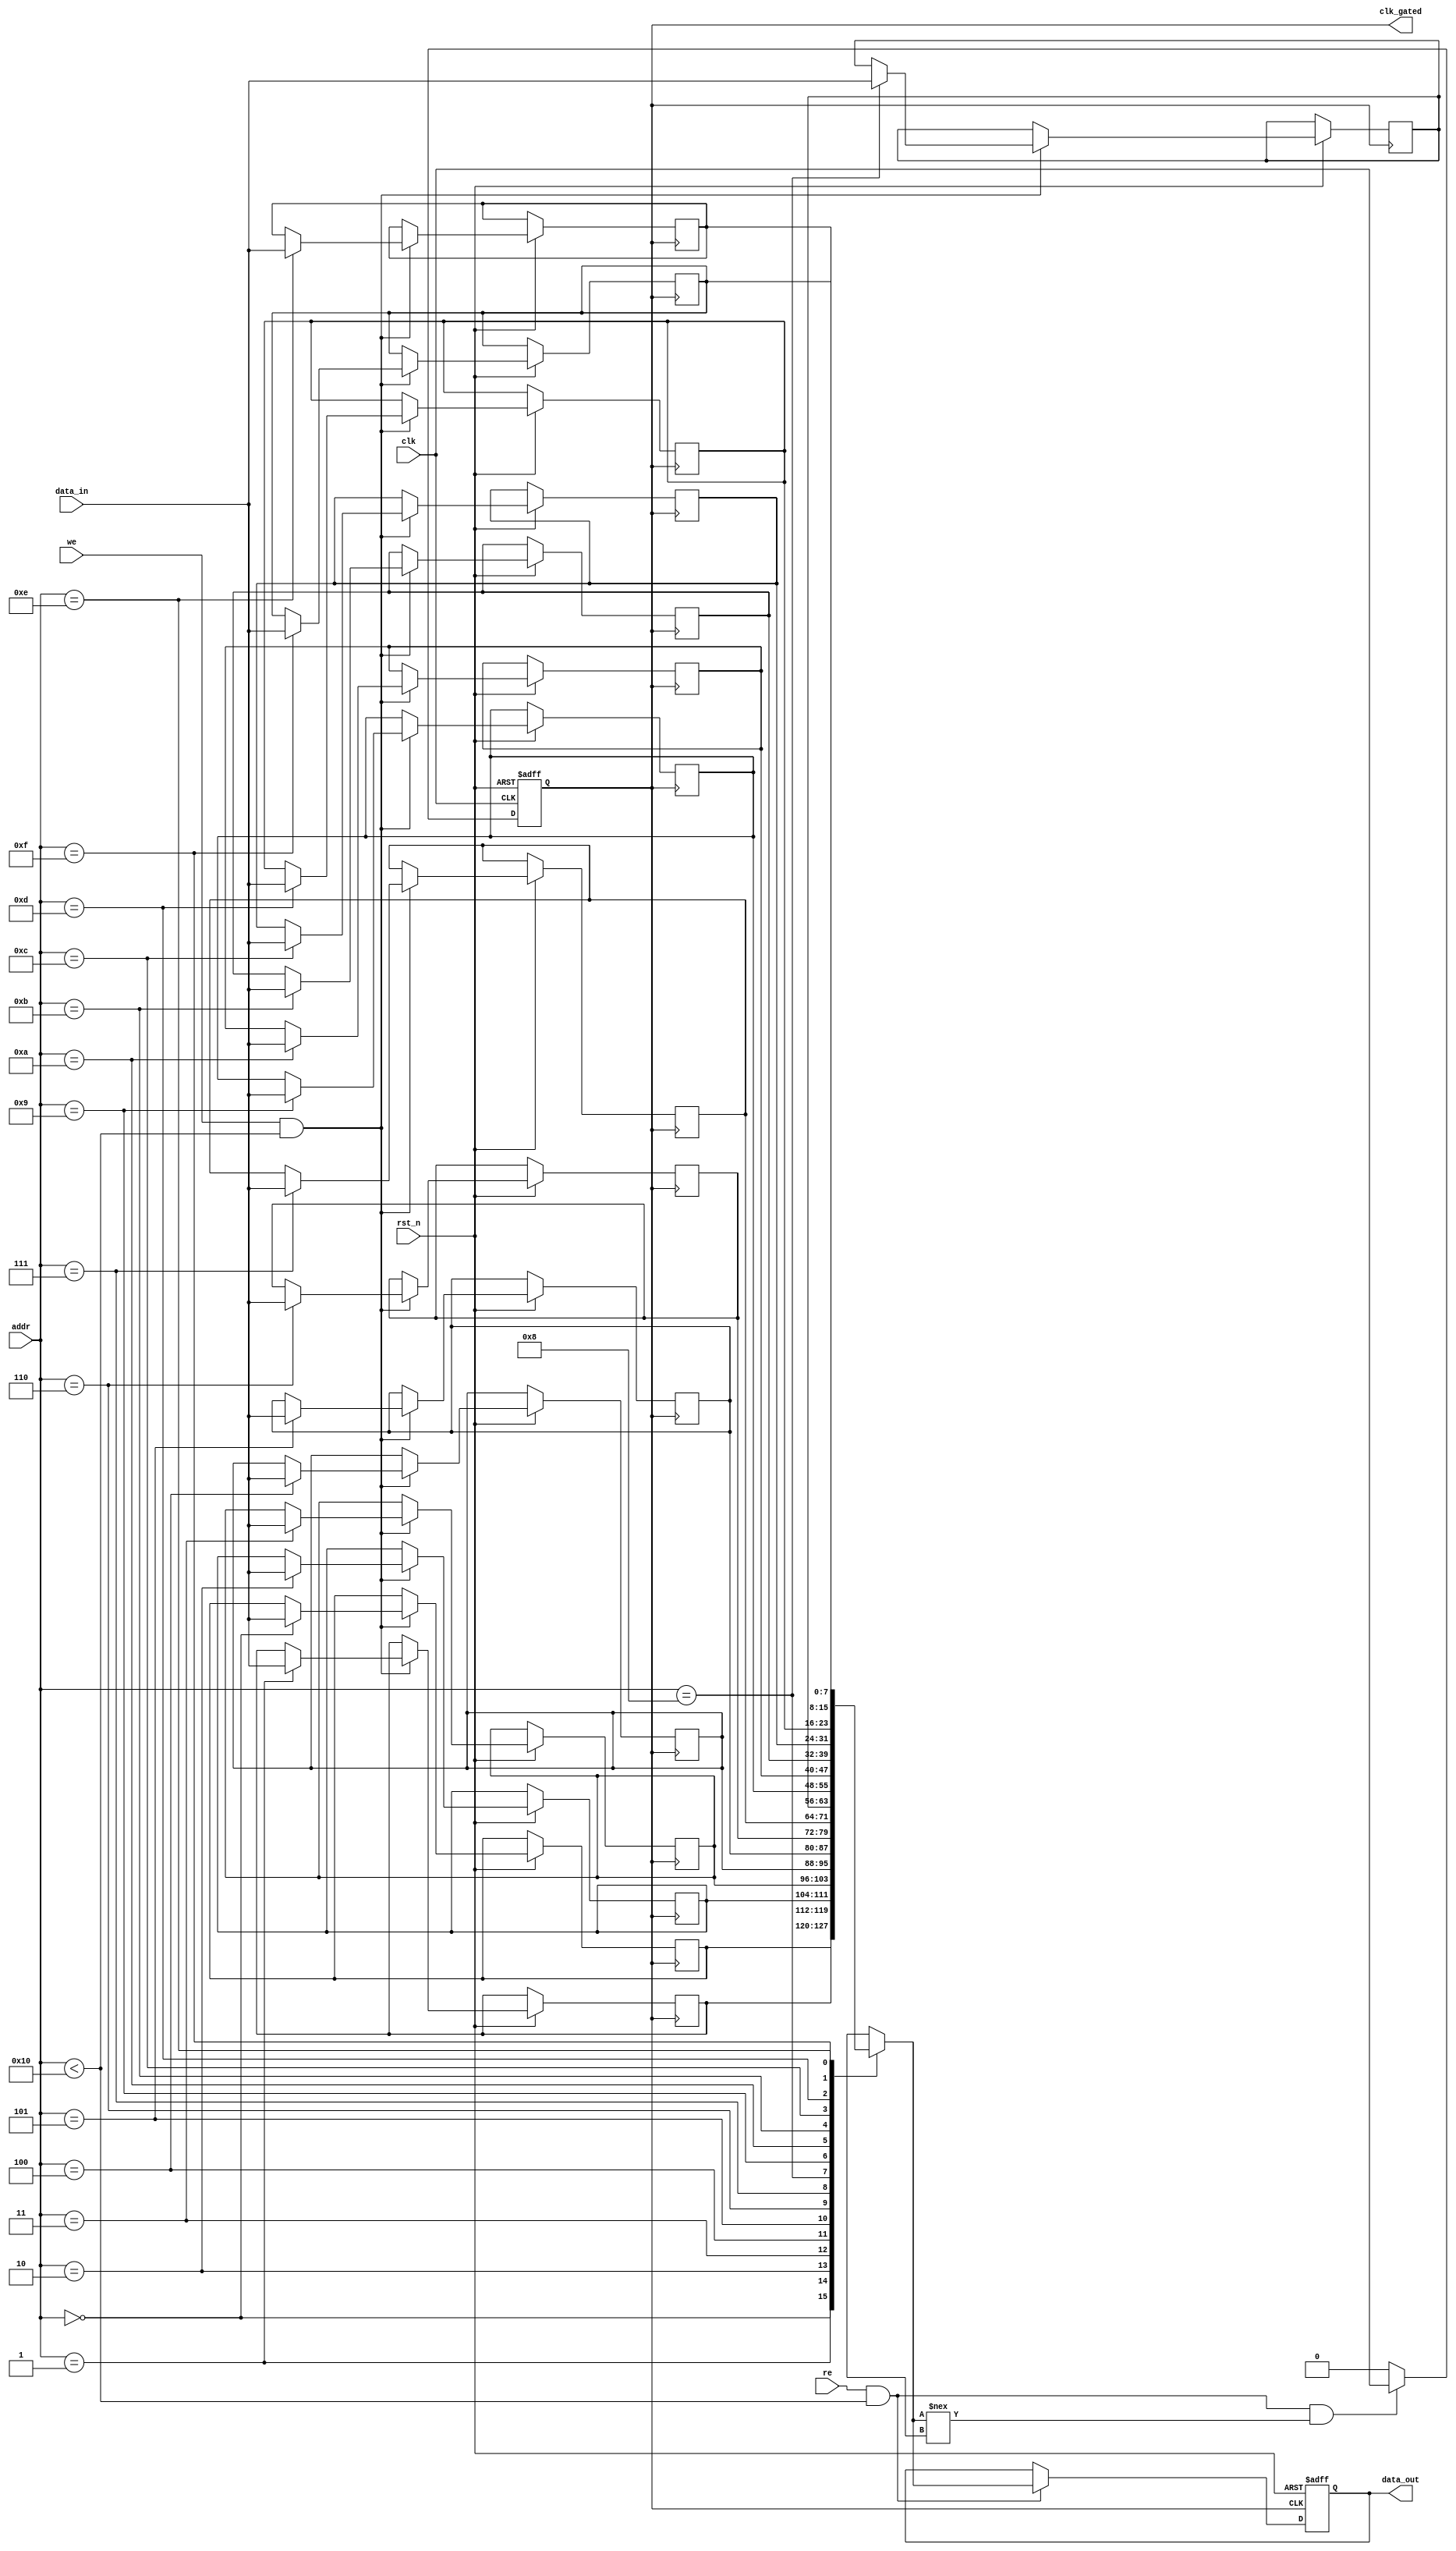
module memory_block (
    input wire clk,               // Main clock
    input wire rst_n,             // Active low reset
    input wire [7:0] data_in,     // Input data for write operations
    input wire [3:0] addr,         // Address for read/write operations
    input wire we,                // Write enable
    input wire re,                // Read enable
    output reg [7:0] data_out,    // Output data
    output reg clk_gated          // Gated clock output
);

    // Memory array (16 x 8 bits)
    reg [7:0] mem_array [15:0];
    
    // Internal signals
    reg output_valid;             // Signal to indicate valid output
    reg clk_enable;               // Clock enable signal for gating

    // Clock Gating Logic
    always @(*) begin
        // Determine if output is valid based on read enable and data output
        output_valid = re && (addr < 16) && (mem_array[addr] !== 8'bx);
        clk_enable = output_valid; // Enable clock if output is valid
    end

    // Gated clock generation
    always @(posedge clk or negedge rst_n) begin
        if (!rst_n) begin
            clk_gated <= 1'b0; // Reset gated clock
        end else begin
            clk_gated <= clk_enable ? clk : 1'b0; // Gated clock output
        end
    end

    // Memory Read/Write Operations
    always @(posedge clk_gated or negedge rst_n) begin
        if (!rst_n) begin
            data_out <= 8'b0; // Reset output data
        end else begin
            if (we && (addr < 16)) begin
                mem_array[addr] <= data_in; // Write operation
            end
            if (re && (addr < 16)) begin
                data_out <= mem_array[addr]; // Read operation
            end
        end
    end

endmodule